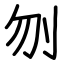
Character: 刎